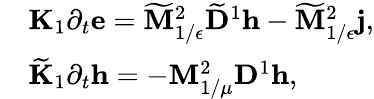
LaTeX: \begin{array}{rl}&{{\mathbf K}_{1}\partial_{t}\mathbf{e}=\widetilde{\mathbf{M}}_{1/\epsilon}^{2}\widetilde{\mathbf{D}}^{1}\mathbf{h}-\widetilde{\mathbf{M}}_{1/\epsilon}^{2}\mathbf{j},}\\ &{\widetilde{\mathbf K}_{1}\partial_{t}\mathbf{h}=-\mathbf{M}_{1/\mu}^{2}\mathbf{D}^{1}\mathbf{h},}\end{array}